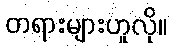
တရားများဟူလို။